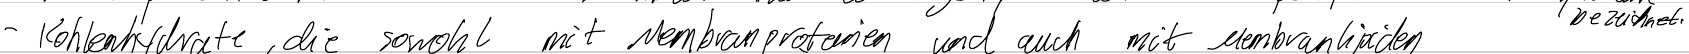
- Kohlenhydrate, die sowohl mit Membranproteinen und auch mit Membranlipiden